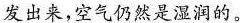
发出来，空气仍然是湿润的。